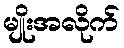
မျိုးအလိုက်